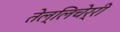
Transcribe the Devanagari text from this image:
तेल्लिचेर्री